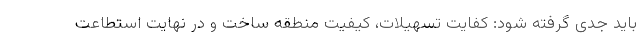
باید جدی گرفته شود: کفایت تسهیلات، کیفیت منطقه ساخت و در نهایت استطاعت